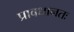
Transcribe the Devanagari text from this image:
प्रावधानतः